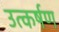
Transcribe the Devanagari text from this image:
उत्कर्षण